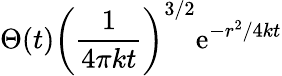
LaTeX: \Theta(t)\left({\frac{1}{4\pi kt}}\right)^{3/2}\mathrm{e}^{-r^{2}/4kt}